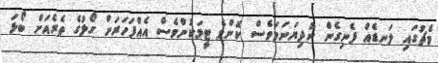
މެޗުގައި ލަނޑެއް ފެނިގެން ނުދިޔަނަމަވެސް ކޮންމެ ޓީމަކުންވެސް އެއްފަހަރަށް ގޯލުގެ ތެރެއަށް ބޯޅަ